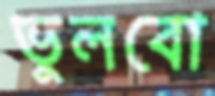
ভুলবো